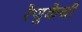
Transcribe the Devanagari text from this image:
रेणुकेची